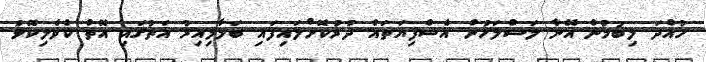
ހުއްދަ ލިބުމުން އޭނާ ލަސްލަހުން އެސްފިޔަތައް ދުރުކޮށްލައިފައި ބަލާލިއިރު އަތުގައި އޮތް ކެވެލިކޮޅު